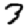
Digit: 3